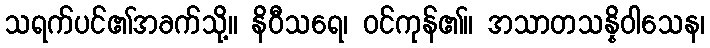
သရက်ပင်၏အခက်သို့။ နိဝီသရေ၊ ဝင်ကုန်၏။ အသာတသန္နိဝါသေန၊